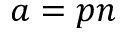
a = p n